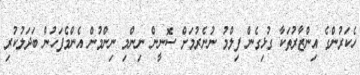
ހެކަރުންގެ އިންޒާރުތަކާ ގުޅިގެން ފިލްމު ނުނެރުމަށް ސޮނީން ނިންމި ނިންމުން އެންމެފަހުން ބަދަލުކުރި